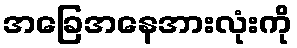
အခြေအနေအားလုံးကို